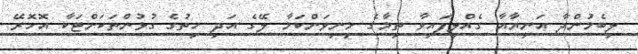
ލިބެމުންދާ އަނިޔާއާ ގެއްލިފައިވާ ތިމާގެ މިނިވަންކަމާ ލޭގެ އަދި ހިތުގެ ގުޅުންތަކަށްޓަކާ އޮހޮރޭ